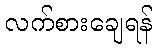
လက်စားချေရန်